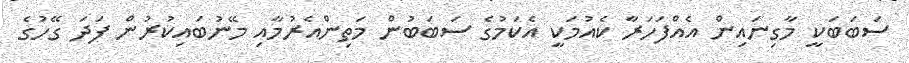
ސަބަބަކީ މާގިނައިން އެއްފަހަރާ ކެއުމަކީ އެކަމުގެ ސަބަބުން މަތިންއެރުމާއި މޭނުބައިކުރުން ފަދަ ގޭހުގެ